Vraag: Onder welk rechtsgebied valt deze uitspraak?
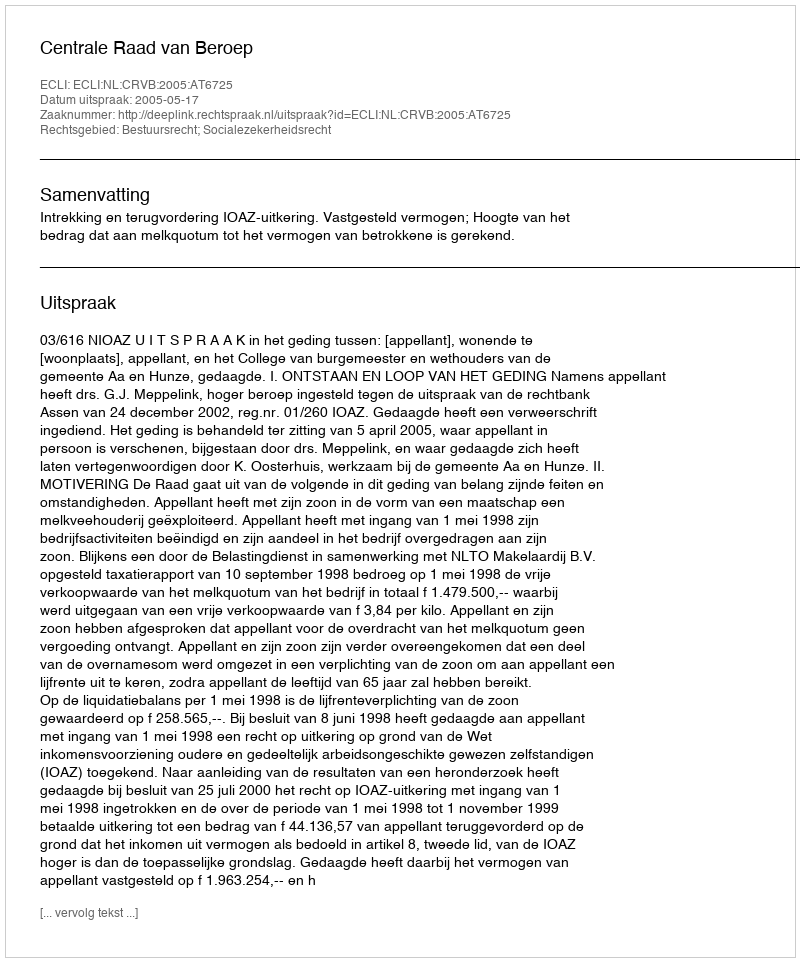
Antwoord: Bestuursrecht; Socialezekerheidsrecht